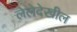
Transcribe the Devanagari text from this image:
लेलेदेखील